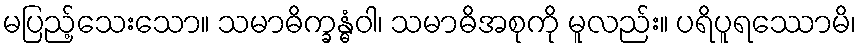
မပြည့်သေးသော။ သမာဓိက္ခန္ဓံဝါ၊ သမာဓိအစုကို မူလည်း။ ပရိပူရဿောမိ၊